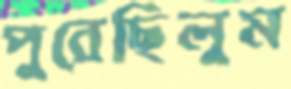
পুরেছিলুম